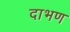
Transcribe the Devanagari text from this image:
दाभण